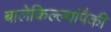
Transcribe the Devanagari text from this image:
बालेकिल्ल्यांपैकी